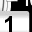
Digit: 1